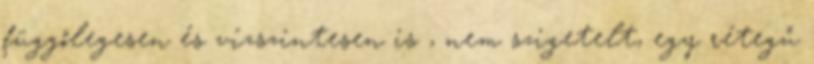
függőlegesen és vízszintesen is , nem szigetelt, egy rétegű